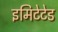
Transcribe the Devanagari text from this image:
इमिटेटेड